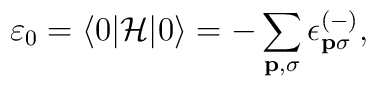
\varepsilon_0 = \langle 0| {\cal H} |0 \rangle = - \sum_{{\bf {p}}, \sigma} \epsilon_{{\bf {p}} \sigma}^{(-)},